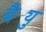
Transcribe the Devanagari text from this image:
बैट्यु